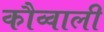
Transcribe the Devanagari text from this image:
कौव्वाली